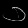
Digit: ၁